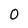
Character: O